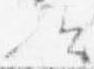
歟